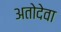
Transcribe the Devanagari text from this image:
अतोदेवा